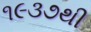
૧૯૩૭થી